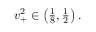
\begin{array} { r } { v _ { + } ^ { 2 } \in \left( \frac { 1 } { 8 } , \frac { 1 } { 2 } \right) . } \end{array}